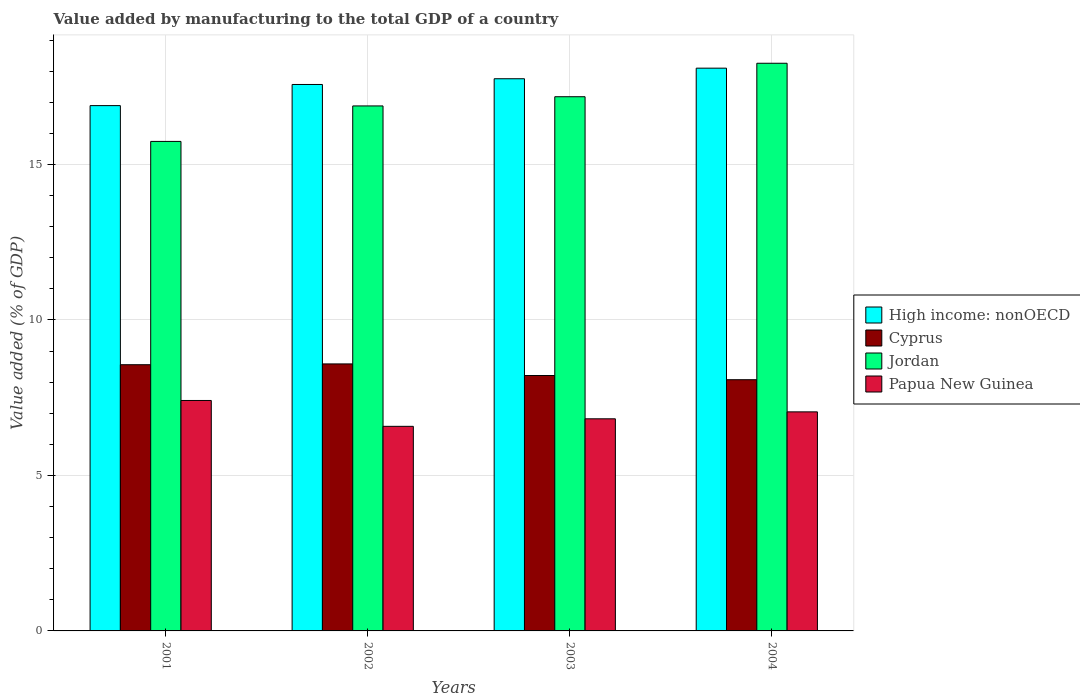
| Years | High income: nonOECD | Cyprus | Jordan | Papua New Guinea |
 | --- | --- | --- | --- | --- |
 | 2001 | 16.9 | 8.56 | 15.7 | 7.41 |
 | 2002 | 17.6 | 8.59 | 16.9 | 6.58 |
 | 2003 | 17.8 | 8.21 | 17.2 | 6.82 |
 | 2004 | 18.1 | 8.08 | 18.3 | 7.05 |